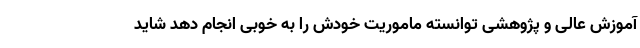
آموزش عالی و پژوهشی توانسته ماموریت خودش را به خوبی انجام دهد شاید